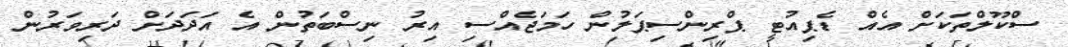
ސްކޫލްތަކަށް އެއް ޑެޕިއުޓީ ޕްރިންސިޕަލުން ހަމަޖެއްސި އިރު ނިސްބަތުން އެ އަދަދަށް ދަރިވަރުން